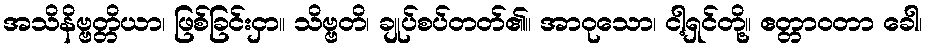
အသိနိဗ္ဗတ္တိယာ၊ ဖြစ်ခြင်းငှာ။ သိဗ္ဗတိ၊ ချုပ်စပ်တတ်၏။ အာဝုသော၊ ငါ့ရှင်တို့။ ဧတ္တာဝတာ ခေါ၊